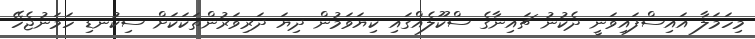
މިހަމަލާ އައިސްފައިވަނީ ދެކުނު ޗައިނާގެ ސްކޫލެއްގައި ކިޔަވަމުން ދިޔަ ދަރިވަރުންތަކަކަށް ސިކުނޑި ހަމަނުޖެހޭ